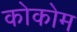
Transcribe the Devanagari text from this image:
कोकोम